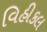
વિહીકલ